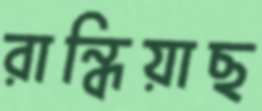
রান্ধিয়াছ